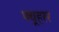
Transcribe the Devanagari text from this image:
फ्यूहरर